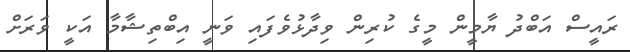
ރައީސް އަބްދު ޔާމީން މީގެ ކުރިން ވިދާޅުވެފައި ވަނީ އިބްތިޝާމާ އަކީ ވަރަށް